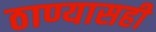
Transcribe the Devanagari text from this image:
ठाण्यासही